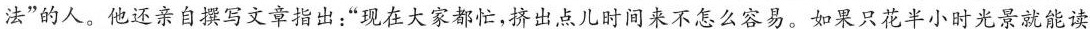
法”的人。他还亲自撰写文章指出：”现在大家都忙，挤出点儿时间来不怎么容易。如果只花半小时光景就能读